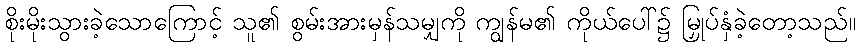
စိုးမိုးသွားခဲ့သောကြောင့် သူ၏ စွမ်းအားမှန်သမျှကို ကျွန်မ၏ ကိုယ်ပေါ်၌ မြှုပ်နှံခဲ့တော့သည်။